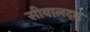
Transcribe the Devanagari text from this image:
सीयालदाह